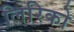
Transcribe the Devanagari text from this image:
लिरिको